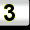
Digit: 3